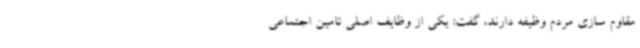
مقاوم سازی مردم وظیفه دارند، گفت: یکی از وظایف اصلی تامین اجتماعی